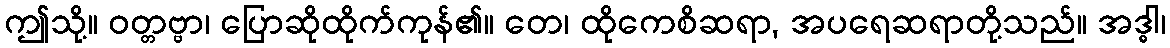
ဤသို့။ ဝတ္တဗ္ဗာ၊ ပြောဆိုထိုက်ကုန်၏။ တေ၊ ထိုကေစိဆရာ, အပရေဆရာတို့သည်။ အဒ္ဓါ၊